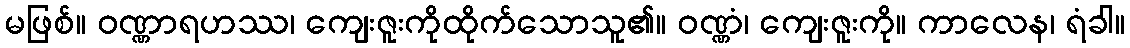
မဖြစ်။ ဝဏ္ဏာရဟဿ၊ ကျေးဇူးကိုထိုက်သောသူ၏။ ဝဏ္ဏံ၊ ကျေးဇူးကို။ ကာလေန၊ ရံခါ။